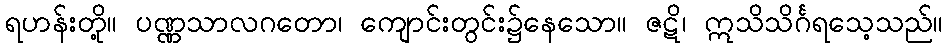
ရဟန်းတို့။ ပဏ္ဏသာလဂတော၊ ကျောင်းတွင်း၌နေသော။ ဇဋိ၊ ဣသိသိင်္ဂရသေ့သည်။